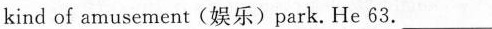
kind of amusement(娱乐)park.He 63. ___